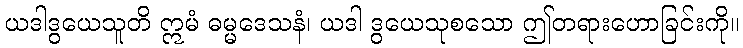
ယဒါဒွယေသူတိ ဣမံ ဓမ္မဒေသနံ၊ ယဒါ ဒွယေသုစသော ဤတရားဟောခြင်းကို။